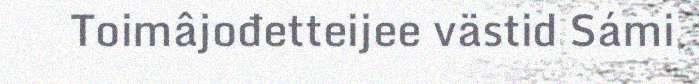
Toimâjođetteijee västid Sámi